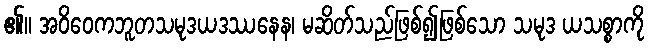
၏။ အဝိဝေကဘူတသမုဒယဒဿနေန၊ မဆိတ်သည်ဖြစ်၍ဖြစ်သော သမုဒ ယသစ္စာကို